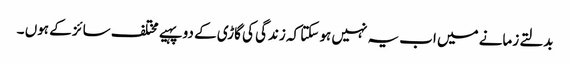
بدلتے زمانے میں اب یہ نہیں ہو سکتا کہ زندگی کی گاڑی کے دو پہیے مختلف سائز کے ہوں ۔